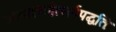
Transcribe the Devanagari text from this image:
जलाशयोत्सर्गपद्धतिः